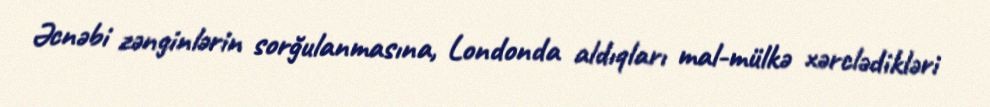
Əcnəbi zənginlərin sorğulanmasına, Londonda aldıqları mal-mülkə xərclədikləri